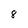
Character: 8